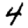
Digit: 4